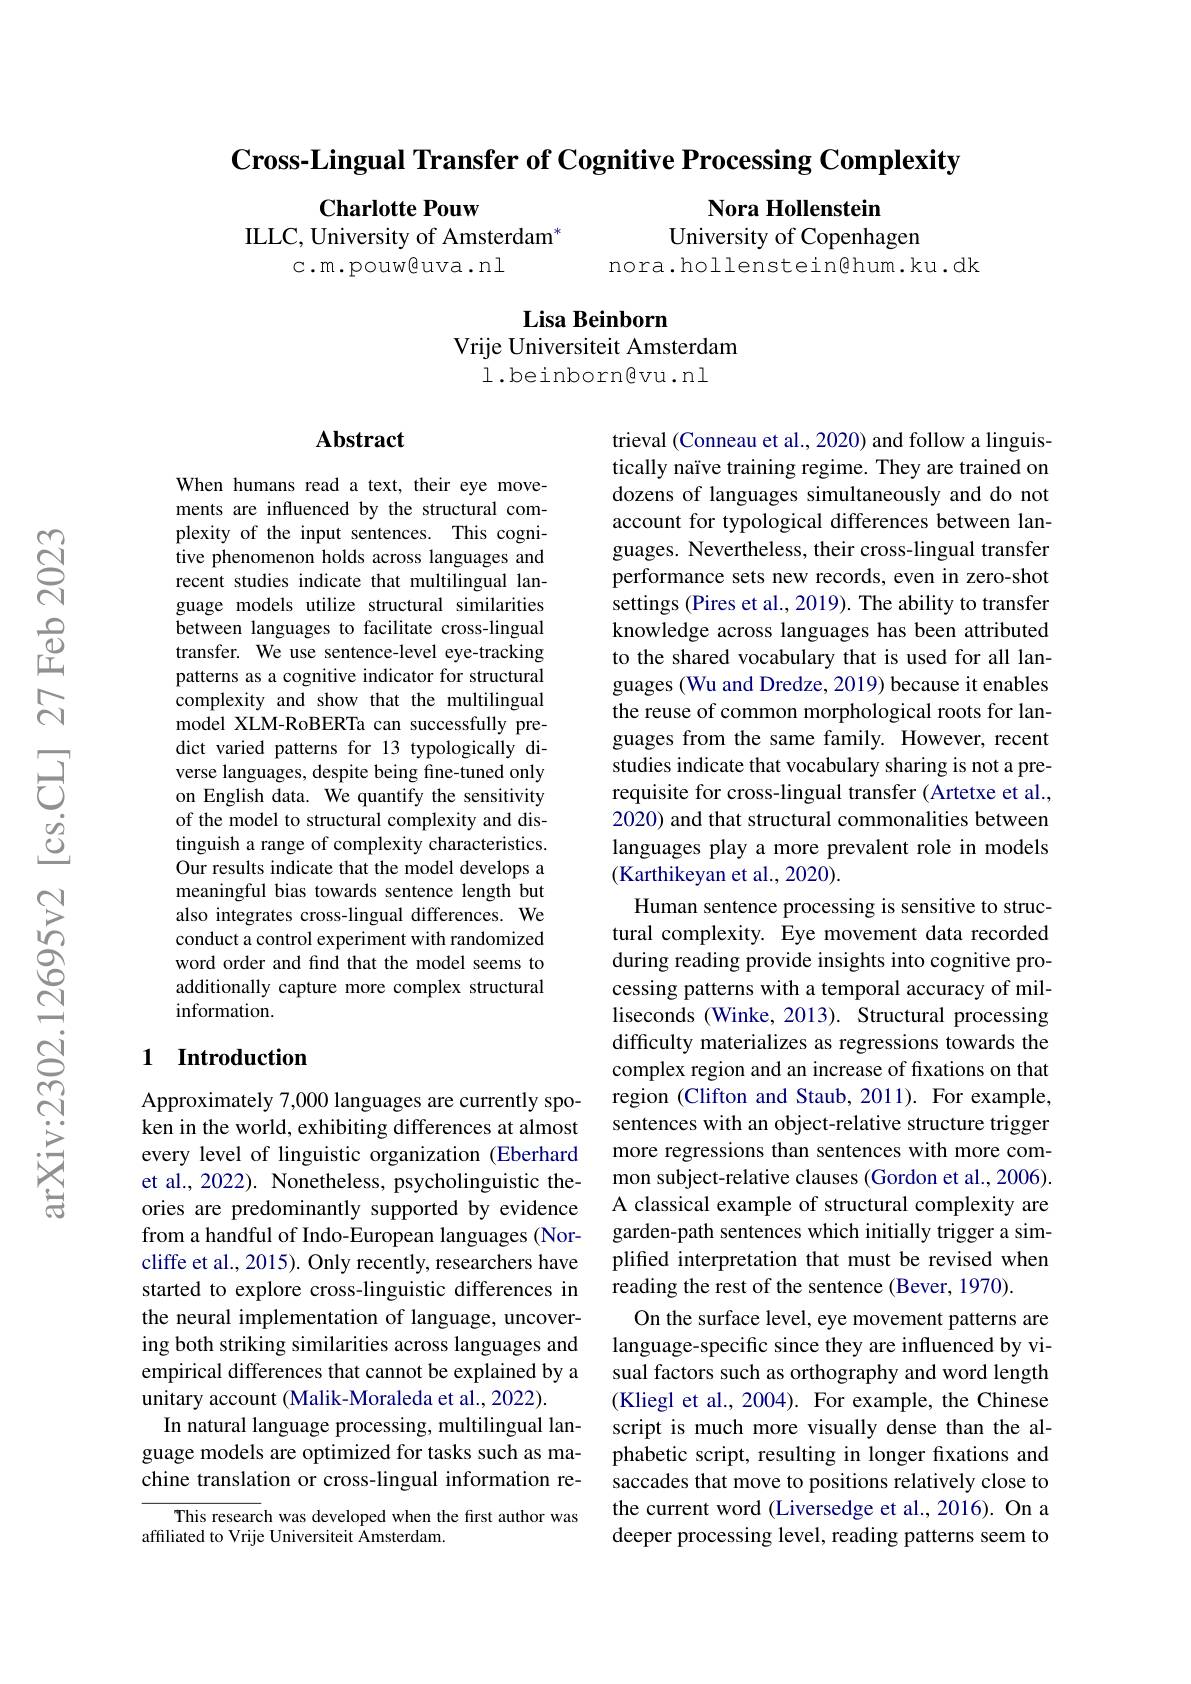
Cross-Lingual Transfer of Cognitive Processing Complexity

Charlotte Pouw
ILLC, University of Amsterdam"
c.m.pouw@uva.nl

Nora Hollenstein
University of Copenhagen
nora.hollenstein@hum.ku.dk

## Lisa Beinborn Vrije Universiteit Amsterdam 1.beinborngvu.nl

### $\mathbf{Abstract}$

When humans read a text, their eye movements are influenced by the structural complexity of the input sentences. This cognitive phenomenon holds across languages and recent studies indicate that multilingual language models utilize structural similarities between languages to facilitate cross-lingual transfer. We use sentence-level eye-tracking patterns as a cognitive indicator for structural complexity and show that the multilingual model XLM-RoBERTa can successfully predict varied patterns for 13 typologically diverse languages, despite being fine-tuned only on English data. We quantify the sensitivity of the model to structural complexity and distinguish a range of complexity characteristics. Our results indicate that the model develops a meaningful bias towards sentence length but also integrates cross-lingual differences. We conduct a control experiment with randomized word order and find that the model seems to additionally capture more complex structural information.

trieval (Conneau et al., 2020) and follow a linguistically naïve training regime. They are trained on dozens of languages simultaneously and do not account for typological differences between languages. Nevertheless, their cross-lingual transfer performance sets new records, even in zero-shot settings (Pires et al., 2019). The ability to transfer knowledge across languages has been attributed to the shared vocabulary that is used for all languages (Wu and Dredze, 2019) because it enables the reuse of common morphological roots for languages from the same family. However, recent studies indicate that vocabulary sharing is not a prerequisite for cross-lingual transfer (Artetxe et al., 2020) and that structural commonalities between languages play a more prevalent role in models $(\bar{\text{Karthikeyan et al., 2020)}}.$
Human sentence processing is sensitive to structural complexity. Eye movement data recorded during reading provide insights into cognitive processing patterns with a temporal accuracy of milliseconds (Winke, 2013). Structural processing difficulty materializes as regressions towards the complex region and an increase of fixations on that region (Clifton and Staub, 2011). For example, sentences with an object-relative structure trigger more regressions than sentences with more common subject-relative clauses (Gordon et al., 2006). A classical example of structural complexity are garden-path sentences which initially trigger a simplified interpretation that must be revised when reading the rest of the sentence (Bever, 1970).
On the surface level, eye movement patterns are language-specific since they are influenced by visual factors such as orthography and word length (Kliegl et al., 2004). For example, the Chinese script is much more visually dense than the alphabetic script, resulting in longer fxations and saccades that move to positions relatively close to the current word (Liversedge et al., 2016). On a deeper processing level, reading patterns seem to

## 1 Introduction

Approximately 7,000 languages are currently spoken in the world, exhibiting differences at almost every level of linguistic organization (Eberhard et al., 2022). Nonetheless, psycholinguistic theories are predominantly supported by evidence from a handful of Indo-European languages (Norcliffe et al., 2015). Only recently, researchers have started to explore cross-linguistic differences in the neural implementation of language, uncovering both striking similarities across languages and empirical differences that cannot be explained by a unitary account (Malik-Moraleda et al., 2022).
In natural language processing, multilingual language models are optimized for tasks such as machine translation or cross-lingual information re-

This research was developed when the first author was
affiliated to Vrije Universiteit Amsterdam.